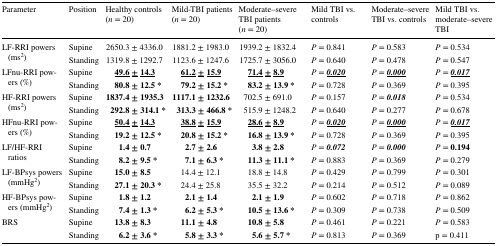
<table><thead><tr><td><b>Parameter</b></td><td><b>Position</b></td><td><b>Healthy controls (<i>n</i> = 20)</b></td><td><b>Mild-TBI patients (<i>n</i> = 20)</b></td><td><b>Moderate–severe TBI patients (<i>n</i> = 20)</b></td><td><b>Mild TBI vs. controls</b></td><td><b>Moderate–severe TBI vs. controls</b></td><td><b>Mild TBI vs. moderate–severe TBI</b></td></tr></thead><tbody><tr><td rowspan="2">LF-RRI powers (ms<sup>2</sup>)</td><td>Supine</td><td>2650.3 ± 4336.0</td><td>1881.2 ± 1983.0</td><td>1939.2 ± 1832.4</td><td><i>P</i> = 0.841</td><td><i>P</i> = 0.583</td><td><i>P</i> = 0.534</td></tr><tr><td>Standing</td><td>1319.8 ± 1292.7</td><td>1123.6 ± 1247.6</td><td>1725.7 ± 3056.0</td><td><i>P</i> = 0.640</td><td><i>P</i> = 0.478</td><td><i>P</i> = 0.547</td></tr><tr><td rowspan="2">LFnu-RRI powers (%)</td><td>Supine</td><td><b><underline>49.6</underline></b> <b><underline>±</underline></b> <b><underline>14.3</underline></b></td><td><b><underline>61.2</underline></b> <b><underline>±</underline></b> <b><underline>15.9</underline></b></td><td><b><underline>71.4</underline></b> <b><underline>±</underline></b> <b><underline>8.9</underline></b></td><td><i>P</i> = <b><i><underline>0.020</underline></i></b></td><td><i>P</i> = <b><i><underline>0.000</underline></i></b></td><td><i>P</i> = <b><i><underline>0.017</underline></i></b></td></tr><tr><td>Standing</td><td><b>80.8</b> <b>±</b> <b>12.5 *</b></td><td><b>79.2</b> <b>±</b> <b>15.2 *</b></td><td><b>83.2</b> <b>±</b> <b>13.9 *</b></td><td><i>P</i> = 0.728</td><td><i>P</i> = 0.369</td><td><i>P</i> = 0.395</td></tr><tr><td rowspan="2">HF-RRI powers (ms<sup>2</sup>)</td><td>Supine</td><td><b>1837.4</b> <b>±</b> <b>1935.3</b></td><td><b>1117.1</b> <b>±</b> <b>1232.6</b></td><td>702.5 ± 691.0</td><td><i>P</i> = 0.157</td><td><i>P</i> = <b><i>0.018</i></b></td><td><i>P</i> = 0.534</td></tr><tr><td>Standing</td><td><b>292.8</b> <b>±</b> <b>314.1 *</b></td><td><b>313.3</b> <b>±</b> <b>466.8 *</b></td><td>515.9 ± 1248.2</td><td><i>P</i> = 0.640</td><td><i>P</i> = 0.277</td><td><i>P</i> = 0.678</td></tr><tr><td rowspan="2">HFnu-RRI powers (%)</td><td>Supine</td><td><b><underline>50.4</underline></b> <b><underline>±</underline></b> <b><underline>14.3</underline></b></td><td><b><underline>38.8</underline></b> <b><underline>±</underline></b> <b><underline>15.9</underline></b></td><td><b><underline>28.6</underline></b> <b><underline>±</underline></b> <b><underline>8.9</underline></b></td><td><i>P</i> = <b><i><underline>0.020</underline></i></b></td><td><i>P</i> = <b><i><underline>0.000</underline></i></b></td><td><i>P</i> = <b><i><underline>0.017</underline></i></b></td></tr><tr><td>Standing</td><td><b>19.2</b> <b>±</b> <b>12.5 *</b></td><td><b>20.8</b> <b>±</b> <b>15.2 *</b></td><td><b>16.8</b> <b>±</b> <b>13.9 *</b></td><td><i>P</i> = 0.728</td><td><i>P</i> = 0.369</td><td><i>P</i> = 0.395</td></tr><tr><td rowspan="2">LF/HF-RRI ratios</td><td>Supine</td><td><b>1.4</b> <b>±</b> <b>0.7</b></td><td><b>2.7</b> <b>±</b> <b>2.6</b></td><td><b>3.8</b> <b>±</b> <b>2.8</b></td><td><i>P</i> = <b><i>0.072</i></b></td><td><i>P</i> = <b><i>0.000</i></b></td><td><i>P</i> = <b>0.194</b></td></tr><tr><td>Standing</td><td><b>8.2</b> <b>±</b> <b>9.5 *</b></td><td><b>7.1</b> <b>±</b> <b>6.3 *</b></td><td><b>11.3</b> <b>±</b> <b>11.1 *</b></td><td><i>P</i> = 0.883</td><td><i>P</i> = 0.369</td><td><i>P</i> = 0.279</td></tr><tr><td rowspan="2">LF-BPsys powers (mmHg<sup>2</sup>)</td><td>Supine</td><td><b>15.0</b> <b>±</b> <b>8.5</b></td><td>14.4 ± 12.1</td><td>18.8 ± 14.8</td><td><i>P</i> = 0.429</td><td><i>P</i> = 0.799</td><td><i>P</i> = 0.301</td></tr><tr><td>Standing</td><td><b>27.1</b> <b>±</b> <b>20.3 *</b></td><td>24.4 ± 25.8</td><td>35.5 ± 32.2</td><td><i>P</i> = 0.214</td><td><i>P</i> = 0.512</td><td><i>P</i> = 0.089</td></tr><tr><td rowspan="2">HF-BPsys powers (mmHg<sup>2</sup>)</td><td>Supine</td><td><b>1.8</b> <b>±</b> <b>1.2</b></td><td><b>2.1</b> <b>±</b> <b>1.4</b></td><td><b>2.1</b> <b>±</b> <b>1.9</b></td><td><i>P</i> = 0.602</td><td><i>P</i> = 0.718</td><td><i>P</i> = 0.862</td></tr><tr><td>Standing</td><td><b>7.4</b> <b>±</b> <b>1.3 *</b></td><td><b>6.2</b> <b>±</b> <b>5.3 *</b></td><td><b>10.5</b> <b>±</b> <b>13.6 *</b></td><td><i>P</i> = 0.309</td><td><i>P</i> = 0.738</td><td><i>P</i> = 0.509</td></tr><tr><td rowspan="2">BRS</td><td>Supine</td><td><b>13.8</b> <b>±</b> <b>8.3</b></td><td><b>11.1</b> <b>±</b> <b>4.8</b></td><td><b>10.8</b> <b>±</b> <b>5.8</b></td><td><i>P</i> = 0.461</td><td><i>P</i> = 0.221</td><td><i>P</i> = 0.583</td></tr><tr><td>Standing</td><td><b>6.2</b> <b>±</b> <b>3.6 *</b></td><td><b>5.8</b> <b>±</b> <b>3.3 *</b></td><td><b>5.6</b> <b>±</b> <b>5.7 *</b></td><td><i>P</i> = 0.813</td><td><i>P</i> = 0.369</td><td>p = 0.411</td></tr></tbody></table>